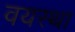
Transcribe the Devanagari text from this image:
वयस्था